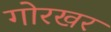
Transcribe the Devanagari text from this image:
गोरखर